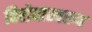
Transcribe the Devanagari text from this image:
विरोधास्वरूप